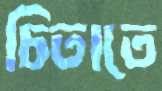
চিতাতে